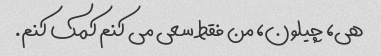
هی، چیلون، من فقط سعی می کنم کمک کنم.